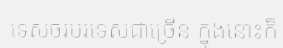
ទេសចរបរទេសជាច្រើន ក្នុងនោះក៏